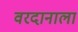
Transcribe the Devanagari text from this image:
वरदानाला